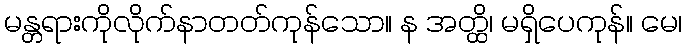
မန္တရားကိုလိုက်နာတတ်ကုန်သော။ န အတ္ထိ၊ မရှိပေကုန်။ မေ၊